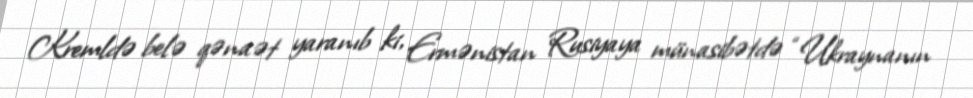
Kremldə belə qənaət yaranıb ki, Ermənistan Rusiyaya münasibətdə “Ukraynanın